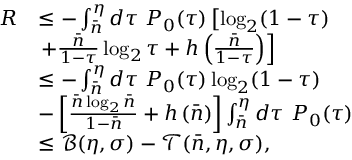
\begin{array} { r l } { R } & { \leq - \int _ { \bar { n } } ^ { \eta } d \tau ~ P _ { 0 } ( \tau ) \left[ \log _ { 2 } ( 1 - \tau ) \right. } \\ & { \left. + \frac { \bar { n } } { 1 - \tau } \log _ { 2 } \tau + h \left( \frac { \bar { n } } { 1 - \tau } \right) \right] } \\ & { \leq - \int _ { \bar { n } } ^ { \eta } d \tau ~ P _ { 0 } ( \tau ) \log _ { 2 } ( 1 - \tau ) } \\ & { - \left[ \frac { \bar { n } \log _ { 2 } \bar { n } } { 1 - \bar { n } } + h \left( \bar { n } \right) \right] \int _ { \bar { n } } ^ { \eta } d \tau ~ P _ { 0 } ( \tau ) } \\ & { \leq \mathcal { B } ( \eta , \sigma ) - \mathcal { T } ( \bar { n } , \eta , \sigma ) , } \end{array}